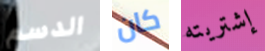
الدسم كان إشتريته